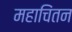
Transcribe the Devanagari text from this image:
महाचिंतन